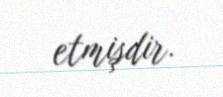
etmişdir.